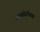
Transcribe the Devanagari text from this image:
उच्चकोटीच्या